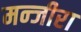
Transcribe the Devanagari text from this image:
मन्जीरा